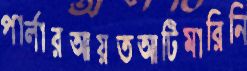
পার্লারআয়তআটিমারিনি